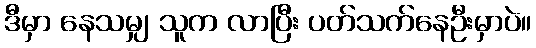
ဒီမှာ နေသမျှ သူက လာပြီး ပတ်သက်နေဦးမှာပဲ။